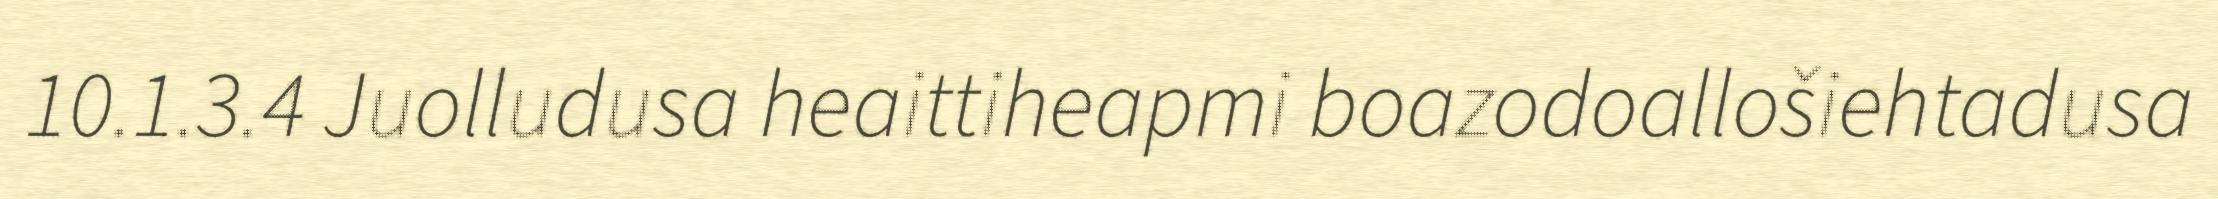
10.1.3.4 Juolludusa heaittiheapmi boazodoallošiehtadusa